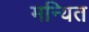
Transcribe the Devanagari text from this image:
मन्यित